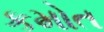
કમોત